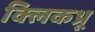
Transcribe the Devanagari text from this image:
क्लिकथ्रू